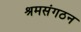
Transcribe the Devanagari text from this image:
श्रमसंगठन